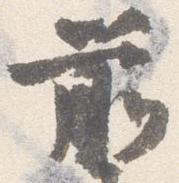
前